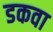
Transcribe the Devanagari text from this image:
डकवा